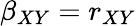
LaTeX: \beta_{XY}=r_{XY}